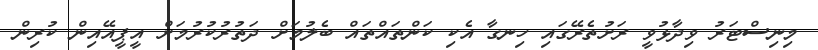
މިނިސްޓަރު ވިދާޅުވީ ރަށުތެރޭގައި ހިނގާ އެކި ކަންތައްތައް ބެލުމަށް ދަތުރުކުރުމަށް އީޕީއޭއިން ކުރިން